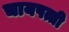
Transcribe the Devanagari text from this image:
चायपत्ती